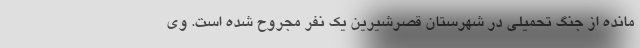
مانده از جنگ تحمیلی در شهرستان قصرشیرین یک نفر مجروح شده است. وی